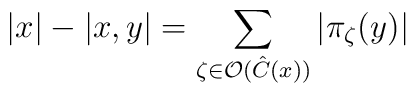
\left| x\right| -\left| x,y\right| =\sum _{\zeta \in \mathcal{O}(\hat{C}(x))}\left| \pi _{\zeta }(y)\right|